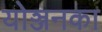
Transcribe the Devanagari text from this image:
योञ्जनका